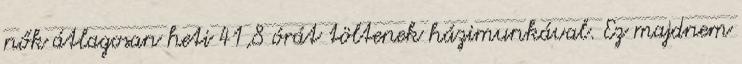
nők átlagosan heti 41,8 órát töltenek házimunkával. Ez majdnem